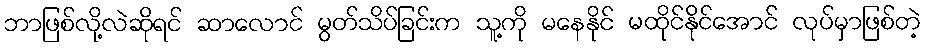
ဘာဖြစ်လို့လဲဆိုရင် ဆာလောင် မွတ်သိပ်ခြင်းက သူ့ကို မနေနိုင် မထိုင်နိုင်အောင် လုပ်မှာဖြစ်တဲ့